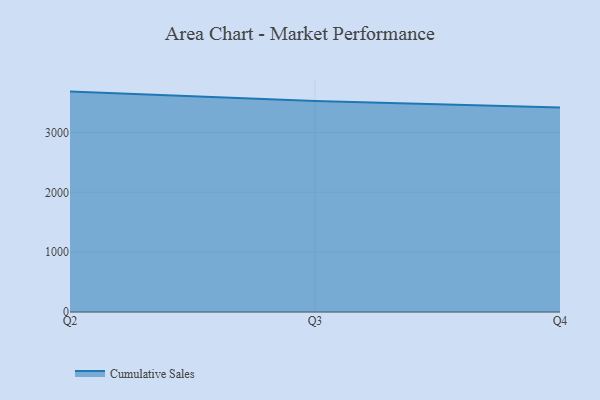
{"axis": {"x": "Quarter", "y": "Demand Index"}, "legend": ["Cumulative Sales"], "data": [{"x": "Q2", "y": 3682.5, "type": "Cumulative Sales"}, {"x": "Q3", "y": 3526.4, "type": "Cumulative Sales"}, {"x": "Q4", "y": 3418.4, "type": "Cumulative Sales"}]}